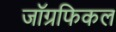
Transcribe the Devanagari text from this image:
जाॅग्रफिकल